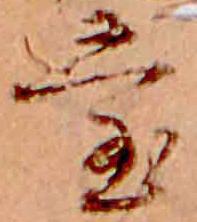
堂